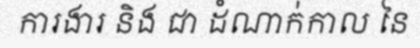
ការងារ និង ជា ដំណាក់កាល នៃ